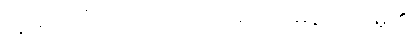
ဣမံ ဂါထံ၊ ဤဂါထာကို။ အာဟ၊ မိန့်တော်မူ၏။